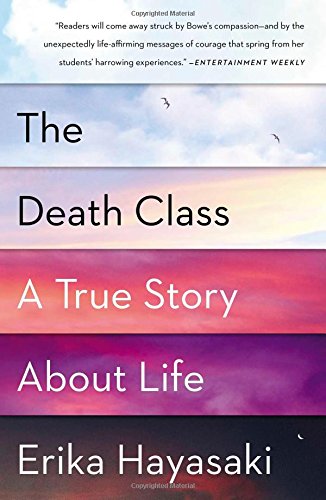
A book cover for The Death Class: A True Story About Life; Erika Hayasaki; Biographies & Memoirs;